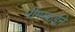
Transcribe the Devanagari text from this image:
भीमाबाईने